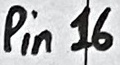
Text: Pin16